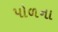
પોળના